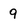
Character: 9